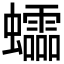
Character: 𧕅